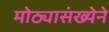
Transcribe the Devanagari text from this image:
मोठ्यासंख्येने